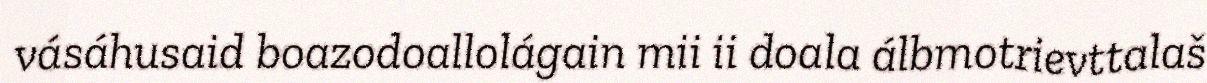
vásáhusaid boazodoallolágain mii ii doala álbmotrievttalaš